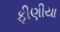
ફીણીયા